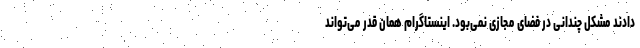
‌دادند مشکل چندانی در فضای مجازی نمی‌بود. اینستاگرام همان قدر می‌تواند